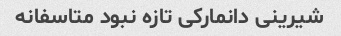
شیرینى دانمارکى تازه نبود متاسفانه